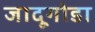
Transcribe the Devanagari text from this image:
जादूगोडा